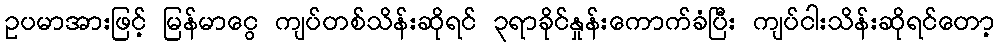
ဥပမာအားဖြင့် မြန်မာငွေ ကျပ်တစ်သိန်းဆိုရင် ၃ရာခိုင်နှုန်းကောက်ခံပြီး ကျပ်ငါးသိန်းဆိုရင်တော့